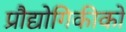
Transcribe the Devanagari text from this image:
प्रौद्योगिकीको